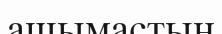
ашымастың